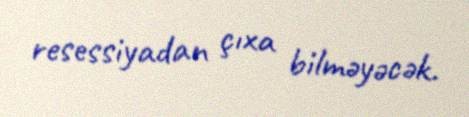
resessiyadan çıxa bilməyəcək.